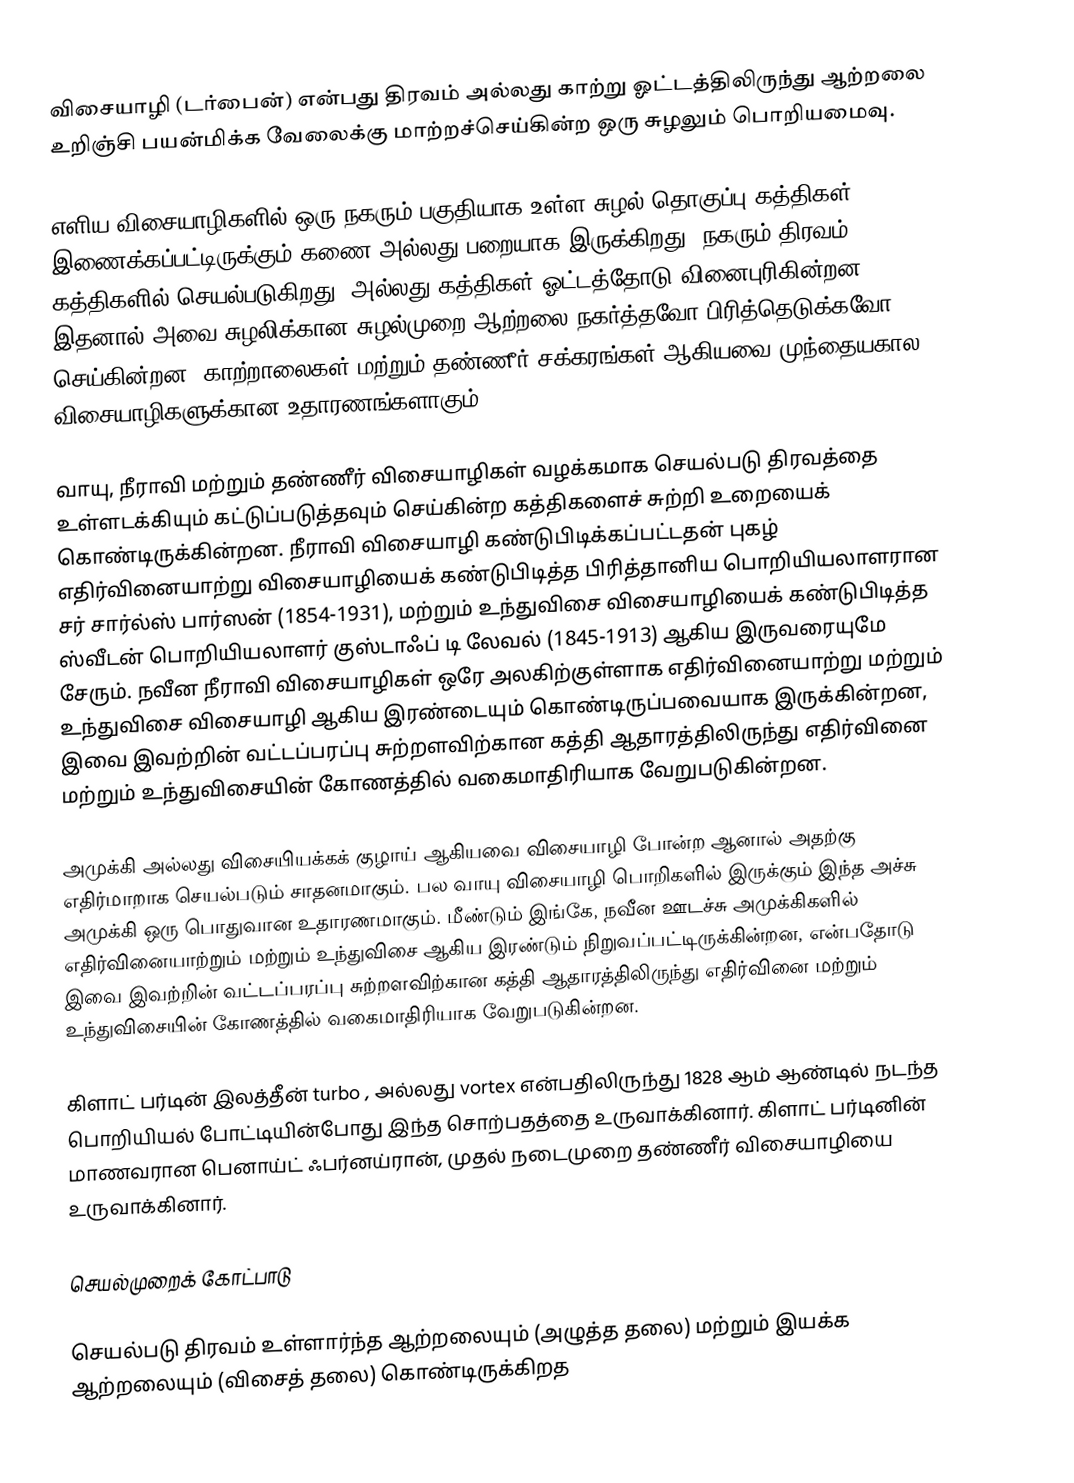
விசையாழி (டர்பைன்) என்பது திரவம் அல்லது காற்று ஓட்டத்திலிருந்து ஆற்றலை உறிஞ்சி பயன்மிக்க வேலைக்கு மாற்றச்செய்கின்ற ஒரு சுழலும் பொறியமைவு.

எளிய விசையாழிகளில் ஒரு நகரும் பகுதியாக உள்ள சுழல் தொகுப்பு கத்திகள் இணைக்கப்பட்டிருக்கும் கணை அல்லது பறையாக இருக்கிறது. நகரும் திரவம் கத்திகளில் செயல்படுகிறது, அல்லது கத்திகள் ஓட்டத்தோடு வினைபுரிகின்றன, இதனால் அவை சுழலிக்கான சுழல்முறை ஆற்றலை நகர்த்தவோ பிரித்தெடுக்கவோ செய்கின்றன. காற்றாலைகள் மற்றும் தண்ணீர் சக்கரங்கள் ஆகியவை முந்தையகால விசையாழிகளுக்கான உதாரணங்களாகும்.

வாயு, நீராவி மற்றும் தண்ணீர் விசையாழிகள் வழக்கமாக செயல்படு திரவத்தை உள்ளடக்கியும் கட்டுப்படுத்தவும் செய்கின்ற கத்திகளைச் சுற்றி உறையைக் கொண்டிருக்கின்றன. நீராவி விசையாழி கண்டுபிடிக்கப்பட்டதன் புகழ் எதிர்வினையாற்று விசையாழியைக் கண்டுபிடித்த பிரித்தானிய பொறியியலாளரான சர் சார்ல்ஸ் பார்ஸன் (1854-1931), மற்றும் உந்துவிசை விசையாழியைக் கண்டுபிடித்த ஸ்வீடன் பொறியியலாளர் குஸ்டாஃப் டி லேவல் (1845-1913) ஆகிய இருவரையுமே சேரும். நவீன நீராவி விசையாழிகள் ஒரே அலகிற்குள்ளாக எதிர்வினையாற்று மற்றும் உந்துவிசை விசையாழி ஆகிய இரண்டையும் கொண்டிருப்பவையாக இருக்கின்றன, இவை இவற்றின் வட்டப்பரப்பு சுற்றளவிற்கான கத்தி ஆதாரத்திலிருந்து எதிர்வினை மற்றும் உந்துவிசையின் கோணத்தில் வகைமாதிரியாக வேறுபடுகின்றன.

அமுக்கி அல்லது விசையியக்கக் குழாய் ஆகியவை விசையாழி போன்ற ஆனால் அதற்கு எதிர்மாறாக செயல்படும் சாதனமாகும். பல வாயு விசையாழி பொறிகளில் இருக்கும் இந்த அச்சு அமுக்கி ஒரு பொதுவான உதாரணமாகும். மீண்டும் இங்கே, நவீன ஊடச்சு அமுக்கிகளில் எதிர்வினையாற்றும் மற்றும் உந்துவிசை ஆகிய இரண்டும் நிறுவப்பட்டிருக்கின்றன, என்பதோடு இவை இவற்றின் வட்டப்பரப்பு சுற்றளவிற்கான கத்தி ஆதாரத்திலிருந்து எதிர்வினை மற்றும் உந்துவிசையின் கோணத்தில் வகைமாதிரியாக வேறுபடுகின்றன.

கிளாட் பர்டின் இலத்தீன் turbo , அல்லது vortex என்பதிலிருந்து 1828 ஆம் ஆண்டில் நடந்த பொறியியல் போட்டியின்போது இந்த சொற்பதத்தை உருவாக்கினார். கிளாட் பர்டினின் மாணவரான பெனாய்ட் ஃபர்னய்ரான், முதல் நடைமுறை தண்ணீர் விசையாழியை உருவாக்கினார்.

செயல்முறைக் கோட்பாடு

செயல்படு திரவம் உள்ளார்ந்த ஆற்றலையும் (அழுத்த தலை) மற்றும் இயக்க ஆற்றலையும் (விசைத் தலை) கொண்டிருக்கிறத